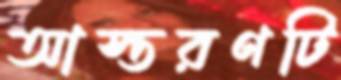
আস্তরণটি